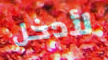
لأدخل